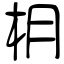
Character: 枂